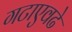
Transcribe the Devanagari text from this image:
गटाएवढे